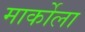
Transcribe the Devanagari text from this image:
मार्कोला